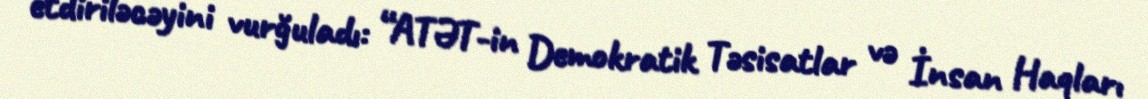
etdiriləcəyini vurğuladı: “ATƏT-in Demokratik Təsisatlar və İnsan Haqları